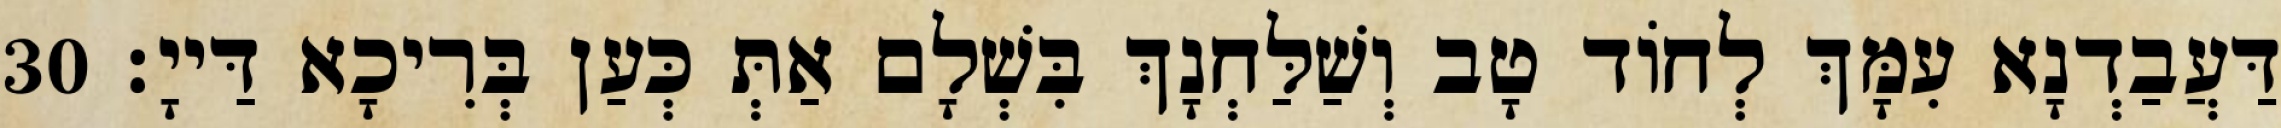
דַּעֲבַדְנָא עִמָּךְ לְחוֹד טָב וְשַׁלַּחְנָךְ בִּשְׁלָם אַתְּ כְּעַן בְּרִיכָא דַּייָ׃ 30